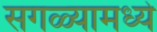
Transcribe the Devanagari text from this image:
सगळ्यामध्ये